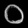
Digit: ၀